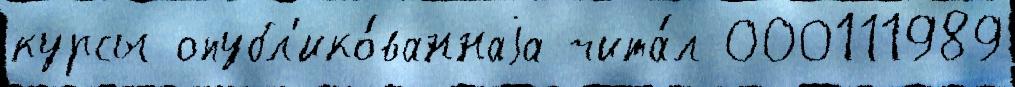
курсы опубл'ико́ваннаjа чита́л 000111989